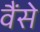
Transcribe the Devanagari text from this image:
वैंसे